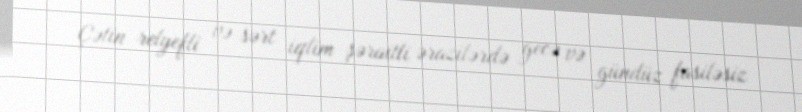
Çətin relyefli və sərt iqlim şəraitli ərazilərdə gecə və gündüz fasiləsiz